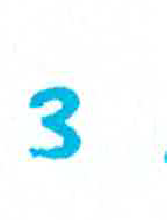
אות: צ